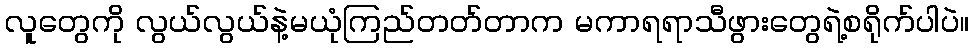
လူတွေကို လွယ်လွယ်နဲ့မယုံကြည်တတ်တာက မကာရရာသီဖွားတွေရဲ့စရိုက်ပါပဲ။